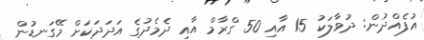
އުފެއްދުން: ދުވާލަކު 15 އާއި 50 ގްރާމް އާއި ދެމެދުގެ އަދަދަކަށް މޭގަނޑުން